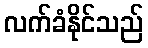
လက်ခံနိုင်သည်